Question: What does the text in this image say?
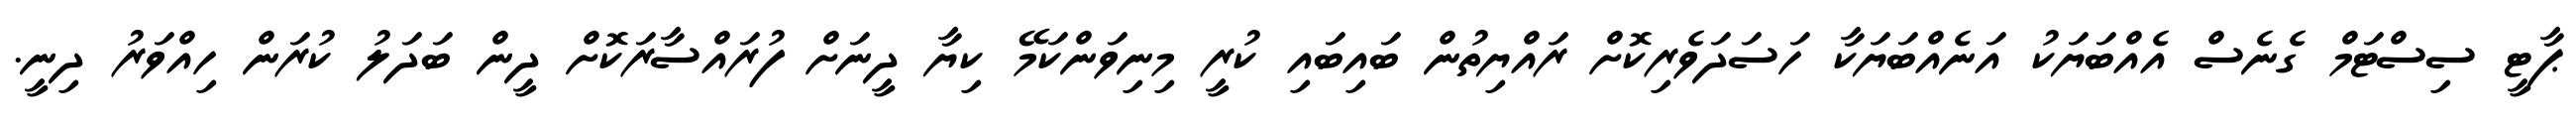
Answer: ޕާޓީ ސިސްޓަމް ގެނެސް އެއްބަޔަކު އަނެއްބަޔަކާ ހަސަދަވެރިކޮށް ރައްޔިތުން ބައިބައި ކުރީ މިނިވަންކަމޭ ކިޔާ ދީނަށް ފުރައްސާރަކޮށް ދީން ބަދަލު ކުރަން ހިއްވަރު ދިނީ.